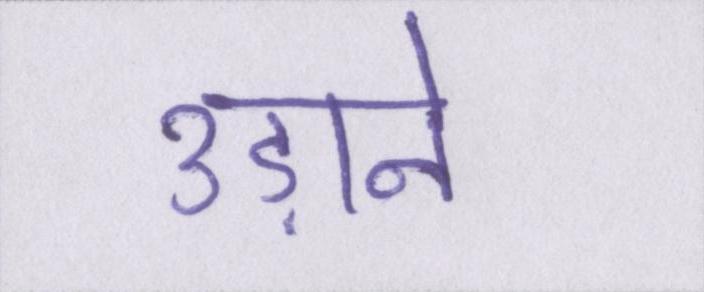
उड़ाने